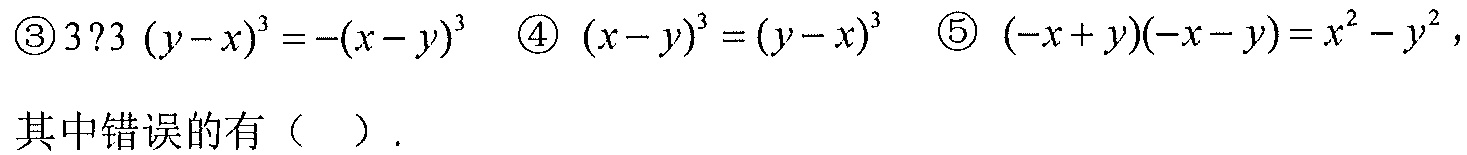
$\textcircled{3}3?3\ (y - x)^{3}=-(x - y)^{3}$  $\textcircled{4}\ (x - y)^{3}=(y - x)^{3}$  $\textcircled{5}\ (-x + y)(-x - y)=x^{2}-y^{2}$，
其中错误的有（  ）.